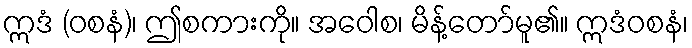
ဣဒံ (ဝစနံ)၊ ဤစကားကို။ အဝေါစ၊ မိန့်တော်မူ၏။ ဣဒံဝစနံ၊